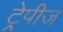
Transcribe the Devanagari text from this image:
ट्रेपीज